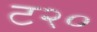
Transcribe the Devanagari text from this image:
ट२०